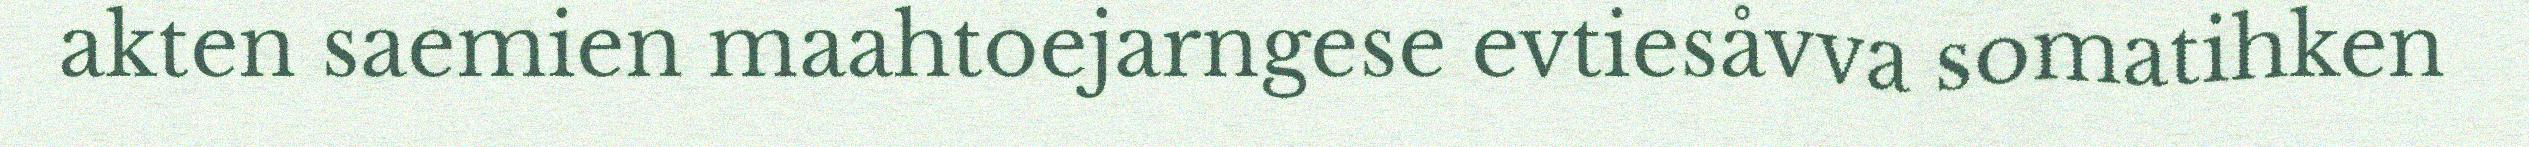
akten saemien maahtoejarngese evtiesåvva somatihken